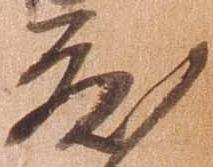
度